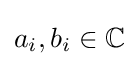
a_{i},b_{i}\in \mathbb {C}